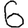
Digit: 6